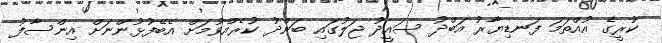
ކުރީގެ އުއްތަމަ ފަނޑިޔާރު އަބްދު ސައީދު ޖަލުގައި ބަންދު ކުރެއްވުމަށް އެބޭފުޅުންނަށް އިންސާފު